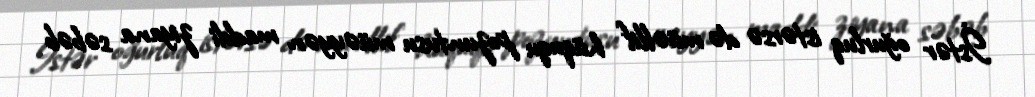
İstər oğurluq istərsə də müəllif hüququ pozuntusu müəyyən maddi ziyana səbəb